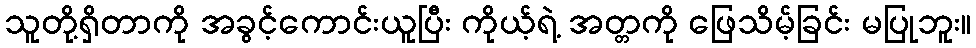
သူတို့ရှိတာကို အခွင့်ကောင်းယူပြီး ကိုယ့်ရဲ့ အတ္တကို ဖြေသိမ့်ခြင်း မပြုဘူး။